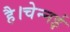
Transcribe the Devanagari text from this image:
है।चेन्नई